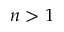
n > 1